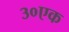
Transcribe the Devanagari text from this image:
३०एक